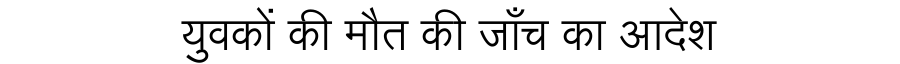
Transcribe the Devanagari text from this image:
युवकों की मौत की जाँच का आदेश